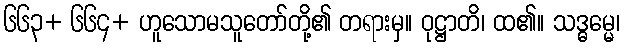
၆၆၃+ ၆၆၄+ ဟူသောမသူတော်တို့၏ တရားမှ။ ဝုဋ္ဌာတိ၊ ထ၏။ သဒ္ဓမ္မေ၊